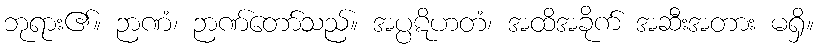
ဘုရား၏။ ဉာဏံ၊ ဉာဏ်တော်သည်။ အပ္ပဋိဟတံ၊ အထိအခိုက် အဆီးအတား မရှိ။